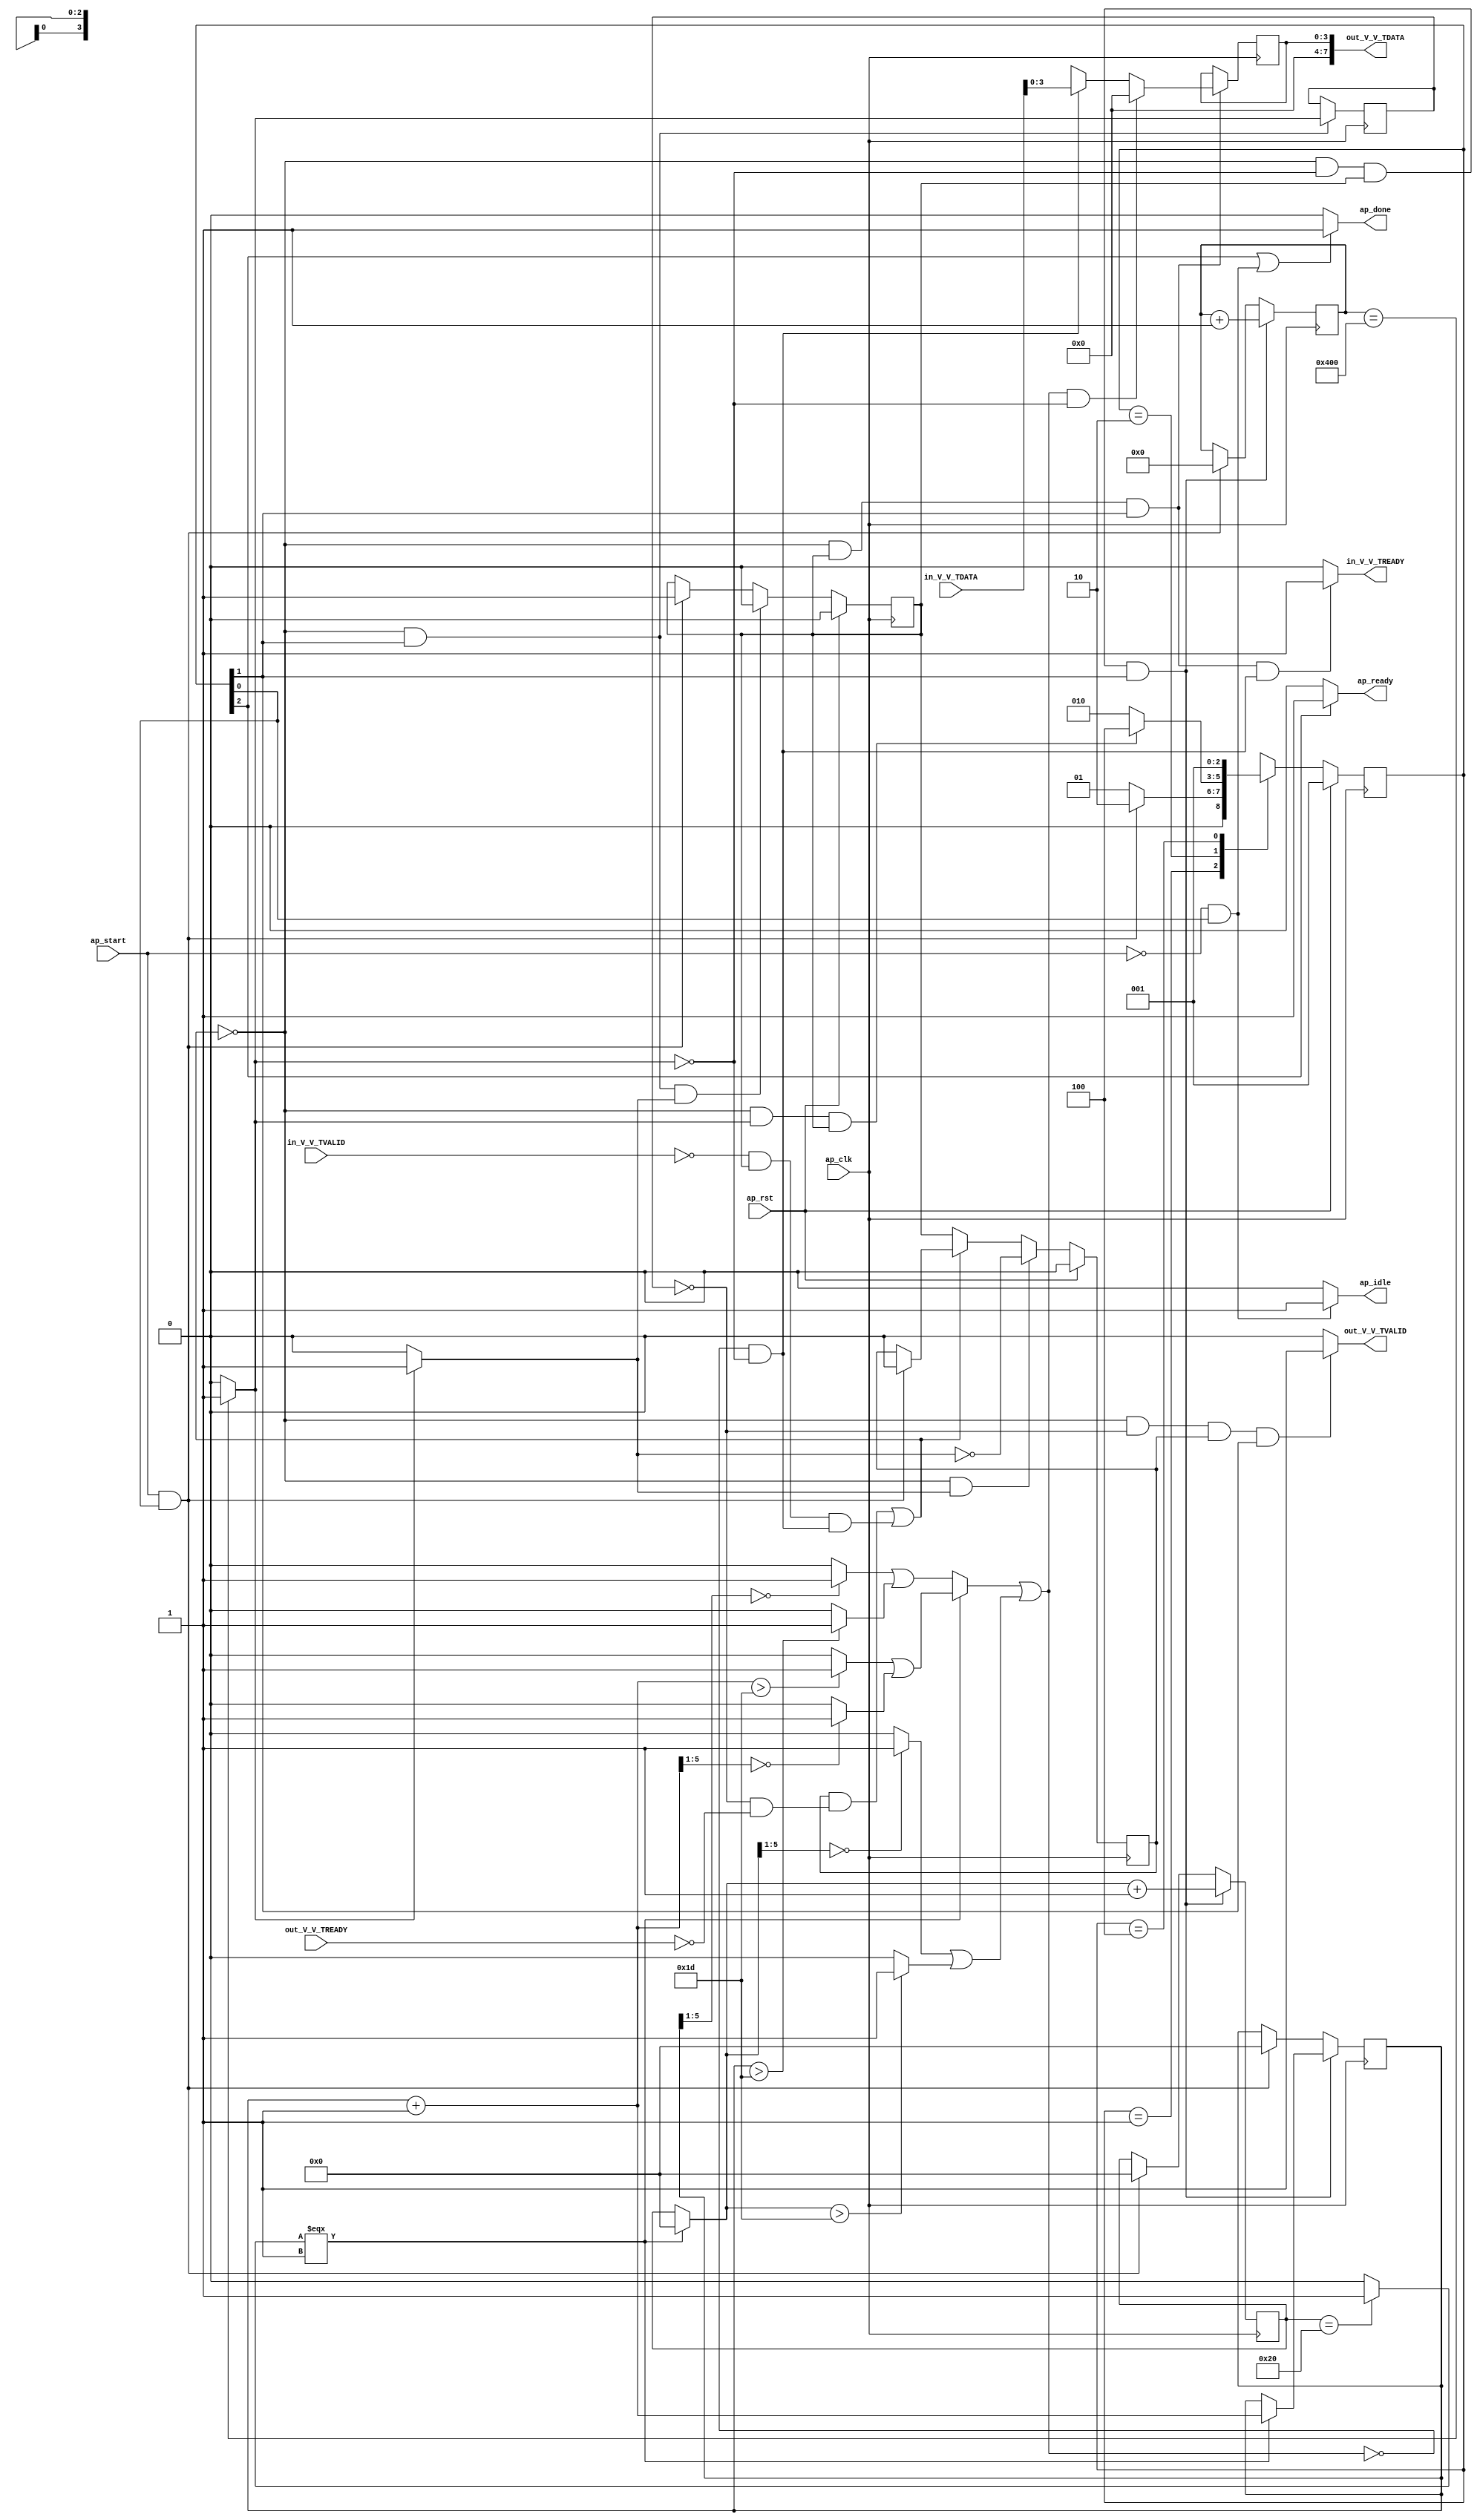
module FMPadding_Batch_0_FMPadding (
        ap_clk,
        ap_rst,
        ap_start,
        ap_done,
        ap_idle,
        ap_ready,
        in_V_V_TDATA,
        in_V_V_TVALID,
        in_V_V_TREADY,
        out_V_V_TDATA,
        out_V_V_TVALID,
        out_V_V_TREADY
);

parameter    ap_ST_fsm_state1 = 3'd1;
parameter    ap_ST_fsm_pp0_stage0 = 3'd2;
parameter    ap_ST_fsm_state4 = 3'd4;

input   ap_clk;
input   ap_rst;
input   ap_start;
output   ap_done;
output   ap_idle;
output   ap_ready;
input  [7:0] in_V_V_TDATA;
input   in_V_V_TVALID;
output   in_V_V_TREADY;
output  [7:0] out_V_V_TDATA;
output   out_V_V_TVALID;
input   out_V_V_TREADY;

reg ap_done;
reg ap_idle;
reg ap_ready;
reg in_V_V_TREADY;
reg out_V_V_TVALID;

(* fsm_encoding = "none" *) reg   [2:0] ap_CS_fsm;
wire    ap_CS_fsm_state1;
reg    in_V_V_TDATA_blk_n;
wire    ap_CS_fsm_pp0_stage0;
reg    ap_enable_reg_pp0_iter0;
wire    ap_block_pp0_stage0;
wire   [0:0] icmp_ln279_fu_139_p2;
wire   [0:0] or_ln285_1_fu_243_p2;
reg    out_V_V_TDATA_blk_n;
reg    ap_enable_reg_pp0_iter1;
reg   [0:0] icmp_ln279_reg_264;
reg   [10:0] indvar_flatten_reg_67;
reg   [5:0] y_0_reg_78;
reg   [5:0] x_0_reg_89;
reg    ap_predicate_op33_read_state2;
reg    ap_block_state2_pp0_stage0_iter0;
wire    ap_block_state3_pp0_stage0_iter1;
reg    ap_block_state3_io;
reg    ap_block_pp0_stage0_11001;
wire   [10:0] add_ln279_fu_145_p2;
wire   [5:0] select_ln279_fu_207_p3;
wire   [3:0] tmp_V_2_fu_249_p1;
wire   [5:0] x_fu_253_p2;
reg    ap_block_pp0_stage0_subdone;
reg    ap_condition_pp0_exit_iter0_state2;
wire   [3:0] ap_phi_reg_pp0_iter0_tmp_V_reg_100;
reg   [3:0] ap_phi_reg_pp0_iter1_tmp_V_reg_100;
reg    ap_block_pp0_stage0_01001;
wire   [4:0] tmp_1_fu_111_p4;
wire   [0:0] icmp_ln285_fu_121_p2;
wire   [0:0] icmp_ln285_1_fu_127_p2;
wire   [0:0] icmp_ln280_fu_151_p2;
wire   [5:0] add_ln279_1_fu_165_p2;
wire   [4:0] tmp_2_fu_171_p4;
wire   [0:0] icmp_ln285_2_fu_181_p2;
wire   [0:0] icmp_ln285_3_fu_187_p2;
wire   [0:0] or_ln285_3_fu_193_p2;
wire   [0:0] or_ln285_fu_133_p2;
wire   [5:0] select_ln285_fu_157_p3;
wire   [4:0] tmp_3_fu_215_p4;
wire   [0:0] icmp_ln289_1_fu_231_p2;
wire   [0:0] icmp_ln289_fu_225_p2;
wire   [0:0] or_ln285_2_fu_237_p2;
wire   [0:0] select_ln285_1_fu_199_p3;
wire    ap_CS_fsm_state4;
reg   [2:0] ap_NS_fsm;
reg    ap_idle_pp0;
wire    ap_enable_pp0;
reg    ap_condition_85;

// power-on initialization
initial begin
#0 ap_CS_fsm = 3'd1;
#0 ap_enable_reg_pp0_iter0 = 1'b0;
#0 ap_enable_reg_pp0_iter1 = 1'b0;
end

always @ (posedge ap_clk) begin
    if (ap_rst == 1'b1) begin
        ap_CS_fsm <= ap_ST_fsm_state1;
    end else begin
        ap_CS_fsm <= ap_NS_fsm;
    end
end

always @ (posedge ap_clk) begin
    if (ap_rst == 1'b1) begin
        ap_enable_reg_pp0_iter0 <= 1'b0;
    end else begin
        if (((1'b0 == ap_block_pp0_stage0_subdone) & (1'b1 == ap_CS_fsm_pp0_stage0) & (1'b1 == ap_condition_pp0_exit_iter0_state2))) begin
            ap_enable_reg_pp0_iter0 <= 1'b0;
        end else if (((ap_start == 1'b1) & (1'b1 == ap_CS_fsm_state1))) begin
            ap_enable_reg_pp0_iter0 <= 1'b1;
        end
    end
end

always @ (posedge ap_clk) begin
    if (ap_rst == 1'b1) begin
        ap_enable_reg_pp0_iter1 <= 1'b0;
    end else begin
        if (((1'b0 == ap_block_pp0_stage0_subdone) & (1'b1 == ap_condition_pp0_exit_iter0_state2))) begin
            ap_enable_reg_pp0_iter1 <= (1'b1 ^ ap_condition_pp0_exit_iter0_state2);
        end else if ((1'b0 == ap_block_pp0_stage0_subdone)) begin
            ap_enable_reg_pp0_iter1 <= ap_enable_reg_pp0_iter0;
        end else if (((ap_start == 1'b1) & (1'b1 == ap_CS_fsm_state1))) begin
            ap_enable_reg_pp0_iter1 <= 1'b0;
        end
    end
end

always @ (posedge ap_clk) begin
    if ((1'b1 == ap_condition_85)) begin
        if (((or_ln285_1_fu_243_p2 == 1'd1) & (icmp_ln279_fu_139_p2 == 1'd0))) begin
            ap_phi_reg_pp0_iter1_tmp_V_reg_100 <= 4'd0;
        end else if (((or_ln285_1_fu_243_p2 == 1'd0) & (icmp_ln279_fu_139_p2 == 1'd0))) begin
            ap_phi_reg_pp0_iter1_tmp_V_reg_100 <= tmp_V_2_fu_249_p1;
        end else if ((1'b1 == 1'b1)) begin
            ap_phi_reg_pp0_iter1_tmp_V_reg_100 <= ap_phi_reg_pp0_iter0_tmp_V_reg_100;
        end
    end
end

always @ (posedge ap_clk) begin
    if (((1'b0 == ap_block_pp0_stage0_11001) & (icmp_ln279_fu_139_p2 == 1'd0) & (ap_enable_reg_pp0_iter0 == 1'b1) & (1'b1 == ap_CS_fsm_pp0_stage0))) begin
        indvar_flatten_reg_67 <= add_ln279_fu_145_p2;
    end else if (((ap_start == 1'b1) & (1'b1 == ap_CS_fsm_state1))) begin
        indvar_flatten_reg_67 <= 11'd0;
    end
end

always @ (posedge ap_clk) begin
    if (((1'b0 == ap_block_pp0_stage0_11001) & (icmp_ln279_fu_139_p2 == 1'd0) & (ap_enable_reg_pp0_iter0 == 1'b1) & (1'b1 == ap_CS_fsm_pp0_stage0))) begin
        x_0_reg_89 <= x_fu_253_p2;
    end else if (((ap_start == 1'b1) & (1'b1 == ap_CS_fsm_state1))) begin
        x_0_reg_89 <= 6'd0;
    end
end

always @ (posedge ap_clk) begin
    if (((1'b0 == ap_block_pp0_stage0_11001) & (icmp_ln279_fu_139_p2 == 1'd0) & (ap_enable_reg_pp0_iter0 == 1'b1) & (1'b1 == ap_CS_fsm_pp0_stage0))) begin
        y_0_reg_78 <= select_ln279_fu_207_p3;
    end else if (((ap_start == 1'b1) & (1'b1 == ap_CS_fsm_state1))) begin
        y_0_reg_78 <= 6'd0;
    end
end

always @ (posedge ap_clk) begin
    if (((1'b0 == ap_block_pp0_stage0_11001) & (1'b1 == ap_CS_fsm_pp0_stage0))) begin
        icmp_ln279_reg_264 <= icmp_ln279_fu_139_p2;
    end
end

always @ (*) begin
    if ((icmp_ln279_fu_139_p2 == 1'd1)) begin
        ap_condition_pp0_exit_iter0_state2 = 1'b1;
    end else begin
        ap_condition_pp0_exit_iter0_state2 = 1'b0;
    end
end

always @ (*) begin
    if (((1'b1 == ap_CS_fsm_state4) | ((ap_start == 1'b0) & (1'b1 == ap_CS_fsm_state1)))) begin
        ap_done = 1'b1;
    end else begin
        ap_done = 1'b0;
    end
end

always @ (*) begin
    if (((ap_start == 1'b0) & (1'b1 == ap_CS_fsm_state1))) begin
        ap_idle = 1'b1;
    end else begin
        ap_idle = 1'b0;
    end
end

always @ (*) begin
    if (((ap_enable_reg_pp0_iter1 == 1'b0) & (ap_enable_reg_pp0_iter0 == 1'b0))) begin
        ap_idle_pp0 = 1'b1;
    end else begin
        ap_idle_pp0 = 1'b0;
    end
end

always @ (*) begin
    if ((1'b1 == ap_CS_fsm_state4)) begin
        ap_ready = 1'b1;
    end else begin
        ap_ready = 1'b0;
    end
end

always @ (*) begin
    if (((or_ln285_1_fu_243_p2 == 1'd0) & (icmp_ln279_fu_139_p2 == 1'd0) & (1'b0 == ap_block_pp0_stage0) & (ap_enable_reg_pp0_iter0 == 1'b1) & (1'b1 == ap_CS_fsm_pp0_stage0))) begin
        in_V_V_TDATA_blk_n = in_V_V_TVALID;
    end else begin
        in_V_V_TDATA_blk_n = 1'b1;
    end
end

always @ (*) begin
    if (((1'b0 == ap_block_pp0_stage0_11001) & (ap_enable_reg_pp0_iter0 == 1'b1) & (1'b1 == ap_CS_fsm_pp0_stage0) & (ap_predicate_op33_read_state2 == 1'b1))) begin
        in_V_V_TREADY = 1'b1;
    end else begin
        in_V_V_TREADY = 1'b0;
    end
end

always @ (*) begin
    if (((icmp_ln279_reg_264 == 1'd0) & (1'b0 == ap_block_pp0_stage0) & (ap_enable_reg_pp0_iter1 == 1'b1) & (1'b1 == ap_CS_fsm_pp0_stage0))) begin
        out_V_V_TDATA_blk_n = out_V_V_TREADY;
    end else begin
        out_V_V_TDATA_blk_n = 1'b1;
    end
end

always @ (*) begin
    if (((1'b0 == ap_block_pp0_stage0_11001) & (icmp_ln279_reg_264 == 1'd0) & (ap_enable_reg_pp0_iter1 == 1'b1) & (1'b1 == ap_CS_fsm_pp0_stage0))) begin
        out_V_V_TVALID = 1'b1;
    end else begin
        out_V_V_TVALID = 1'b0;
    end
end

always @ (*) begin
    case (ap_CS_fsm)
        ap_ST_fsm_state1 : begin
            if (((ap_start == 1'b1) & (1'b1 == ap_CS_fsm_state1))) begin
                ap_NS_fsm = ap_ST_fsm_pp0_stage0;
            end else begin
                ap_NS_fsm = ap_ST_fsm_state1;
            end
        end
        ap_ST_fsm_pp0_stage0 : begin
            if (~((1'b0 == ap_block_pp0_stage0_subdone) & (icmp_ln279_fu_139_p2 == 1'd1) & (ap_enable_reg_pp0_iter0 == 1'b1))) begin
                ap_NS_fsm = ap_ST_fsm_pp0_stage0;
            end else if (((1'b0 == ap_block_pp0_stage0_subdone) & (icmp_ln279_fu_139_p2 == 1'd1) & (ap_enable_reg_pp0_iter0 == 1'b1))) begin
                ap_NS_fsm = ap_ST_fsm_state4;
            end else begin
                ap_NS_fsm = ap_ST_fsm_pp0_stage0;
            end
        end
        ap_ST_fsm_state4 : begin
            ap_NS_fsm = ap_ST_fsm_state1;
        end
        default : begin
            ap_NS_fsm = 'bx;
        end
    endcase
end

assign add_ln279_1_fu_165_p2 = (y_0_reg_78 + 6'd1);

assign add_ln279_fu_145_p2 = (indvar_flatten_reg_67 + 11'd1);

assign ap_CS_fsm_pp0_stage0 = ap_CS_fsm[32'd1];

assign ap_CS_fsm_state1 = ap_CS_fsm[32'd0];

assign ap_CS_fsm_state4 = ap_CS_fsm[32'd2];

assign ap_block_pp0_stage0 = ~(1'b1 == 1'b1);

always @ (*) begin
    ap_block_pp0_stage0_01001 = ((in_V_V_TVALID == 1'b0) & (ap_enable_reg_pp0_iter0 == 1'b1) & (ap_predicate_op33_read_state2 == 1'b1));
end

always @ (*) begin
    ap_block_pp0_stage0_11001 = (((ap_enable_reg_pp0_iter1 == 1'b1) & (1'b1 == ap_block_state3_io)) | ((in_V_V_TVALID == 1'b0) & (ap_enable_reg_pp0_iter0 == 1'b1) & (ap_predicate_op33_read_state2 == 1'b1)));
end

always @ (*) begin
    ap_block_pp0_stage0_subdone = (((ap_enable_reg_pp0_iter1 == 1'b1) & (1'b1 == ap_block_state3_io)) | ((in_V_V_TVALID == 1'b0) & (ap_enable_reg_pp0_iter0 == 1'b1) & (ap_predicate_op33_read_state2 == 1'b1)));
end

always @ (*) begin
    ap_block_state2_pp0_stage0_iter0 = ((in_V_V_TVALID == 1'b0) & (ap_predicate_op33_read_state2 == 1'b1));
end

always @ (*) begin
    ap_block_state3_io = ((icmp_ln279_reg_264 == 1'd0) & (out_V_V_TREADY == 1'b0));
end

assign ap_block_state3_pp0_stage0_iter1 = ~(1'b1 == 1'b1);

always @ (*) begin
    ap_condition_85 = ((1'b0 == ap_block_pp0_stage0_11001) & (ap_enable_reg_pp0_iter0 == 1'b1) & (1'b1 == ap_CS_fsm_pp0_stage0));
end

assign ap_enable_pp0 = (ap_idle_pp0 ^ 1'b1);

assign ap_phi_reg_pp0_iter0_tmp_V_reg_100 = 'bx;

always @ (*) begin
    ap_predicate_op33_read_state2 = ((or_ln285_1_fu_243_p2 == 1'd0) & (icmp_ln279_fu_139_p2 == 1'd0));
end

assign icmp_ln279_fu_139_p2 = ((indvar_flatten_reg_67 == 11'd1024) ? 1'b1 : 1'b0);

assign icmp_ln280_fu_151_p2 = ((x_0_reg_89 == 6'd32) ? 1'b1 : 1'b0);

assign icmp_ln285_1_fu_127_p2 = ((y_0_reg_78 > 6'd29) ? 1'b1 : 1'b0);

assign icmp_ln285_2_fu_181_p2 = ((tmp_2_fu_171_p4 == 5'd0) ? 1'b1 : 1'b0);

assign icmp_ln285_3_fu_187_p2 = ((add_ln279_1_fu_165_p2 > 6'd29) ? 1'b1 : 1'b0);

assign icmp_ln285_fu_121_p2 = ((tmp_1_fu_111_p4 == 5'd0) ? 1'b1 : 1'b0);

assign icmp_ln289_1_fu_231_p2 = ((select_ln285_fu_157_p3 > 6'd29) ? 1'b1 : 1'b0);

assign icmp_ln289_fu_225_p2 = ((tmp_3_fu_215_p4 == 5'd0) ? 1'b1 : 1'b0);

assign or_ln285_1_fu_243_p2 = (select_ln285_1_fu_199_p3 | or_ln285_2_fu_237_p2);

assign or_ln285_2_fu_237_p2 = (icmp_ln289_fu_225_p2 | icmp_ln289_1_fu_231_p2);

assign or_ln285_3_fu_193_p2 = (icmp_ln285_3_fu_187_p2 | icmp_ln285_2_fu_181_p2);

assign or_ln285_fu_133_p2 = (icmp_ln285_fu_121_p2 | icmp_ln285_1_fu_127_p2);

assign out_V_V_TDATA = ap_phi_reg_pp0_iter1_tmp_V_reg_100;

assign select_ln279_fu_207_p3 = ((icmp_ln280_fu_151_p2[0:0] === 1'b1) ? add_ln279_1_fu_165_p2 : y_0_reg_78);

assign select_ln285_1_fu_199_p3 = ((icmp_ln280_fu_151_p2[0:0] === 1'b1) ? or_ln285_3_fu_193_p2 : or_ln285_fu_133_p2);

assign select_ln285_fu_157_p3 = ((icmp_ln280_fu_151_p2[0:0] === 1'b1) ? 6'd0 : x_0_reg_89);

assign tmp_1_fu_111_p4 = {{y_0_reg_78[5:1]}};

assign tmp_2_fu_171_p4 = {{add_ln279_1_fu_165_p2[5:1]}};

assign tmp_3_fu_215_p4 = {{select_ln285_fu_157_p3[5:1]}};

assign tmp_V_2_fu_249_p1 = in_V_V_TDATA[3:0];

assign x_fu_253_p2 = (select_ln285_fu_157_p3 + 6'd1);

endmodule